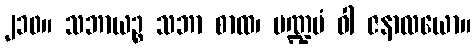
၂၁၀။ သဘာယဉ္စ သဘာ စာထ၊ မဏ္ဍပံ ဝါ ဇနာလယော။